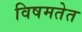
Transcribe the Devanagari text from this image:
विषमतेत